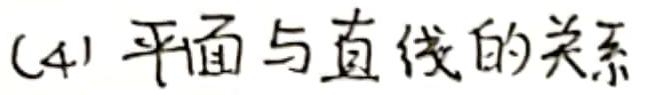
(4) 平面与直线的关系